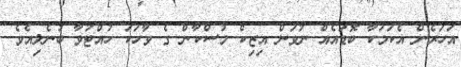
އަހަރެން އެކަމަކާ ބޮޑައެއް ނުވަން އިޒިކް މުސްކާން ގެ ވާހަކަ ހުއްޓުވާ ބުނެލިއެވެ.